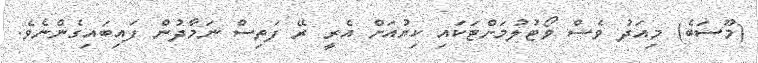
(މޫސަބެ) މިއަދު ވެސް ވޯޓުލުމަށްޓަކައި ކިޔުއަށް އެރީ ރޭ ފަތިސް ނަމާދުން ފައިބައިގެންނެވެ.